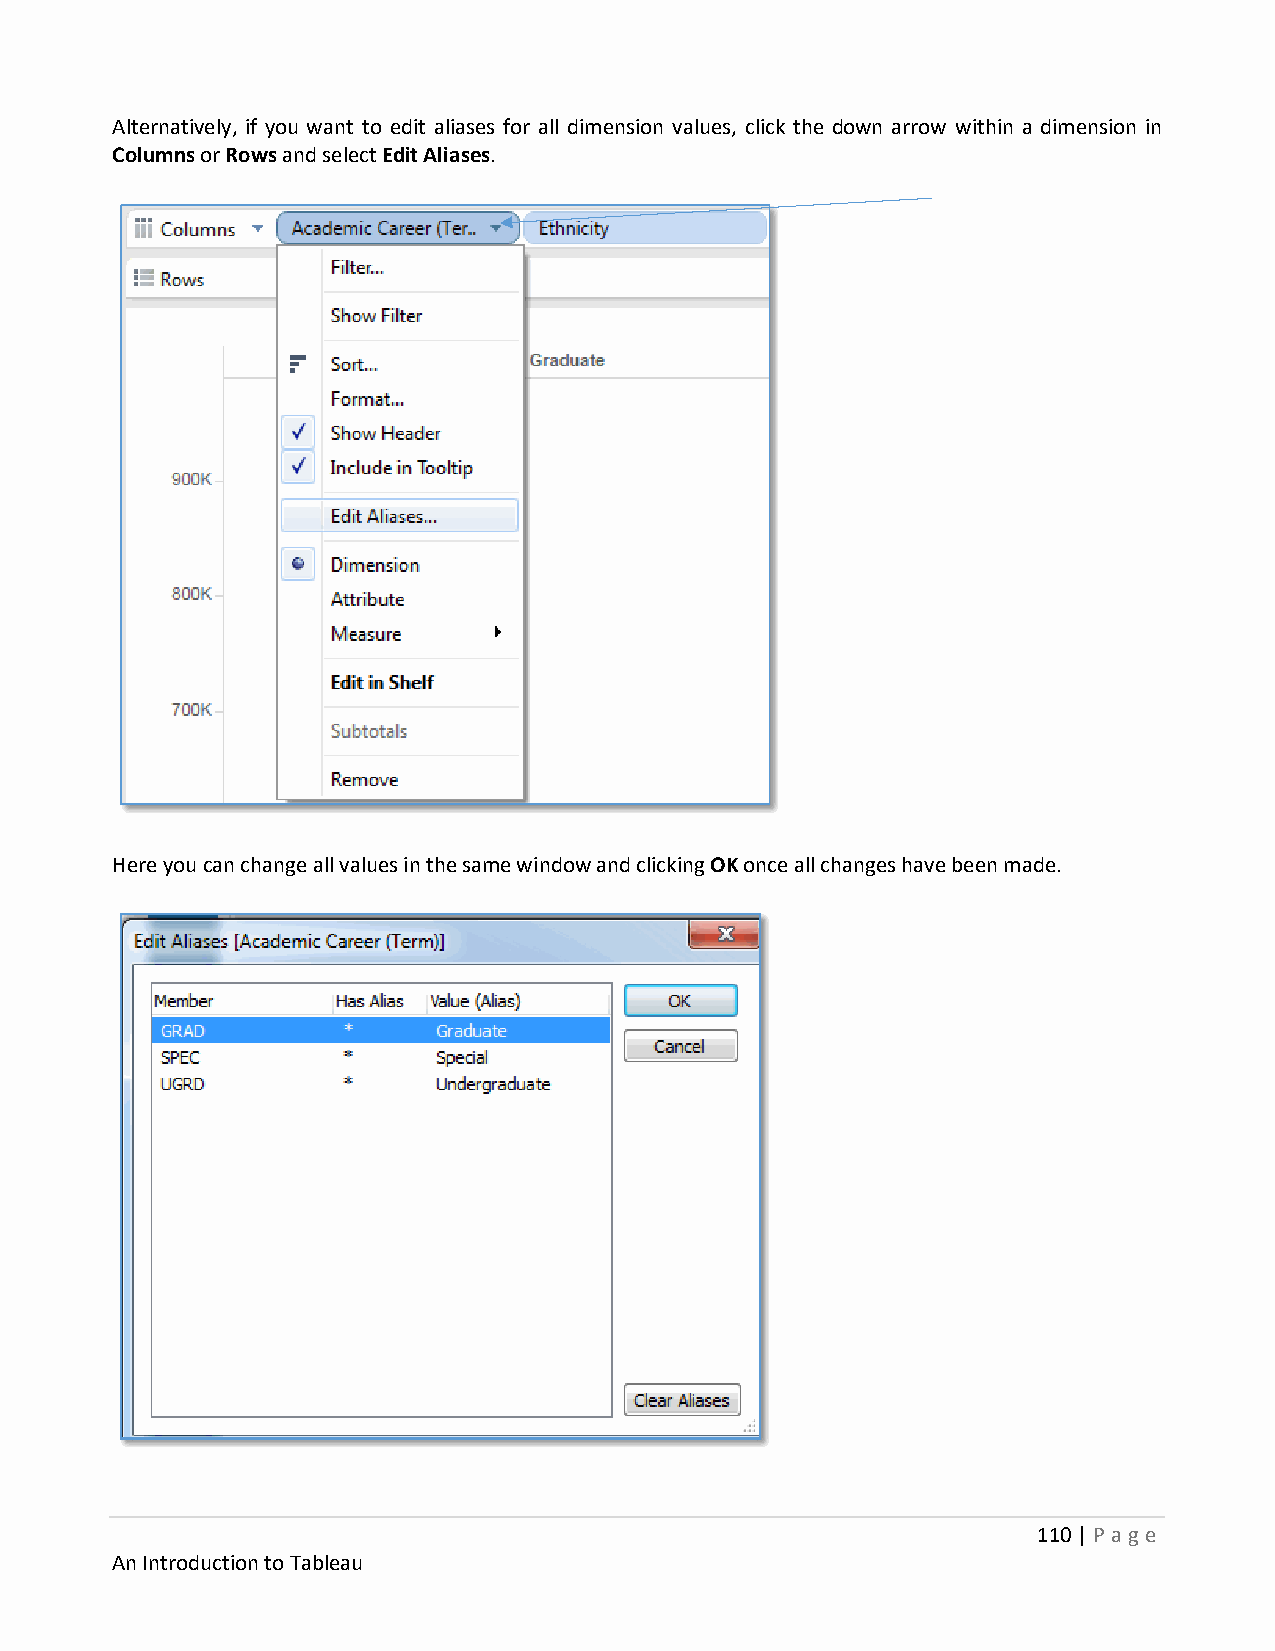
Alternatively, if you want to edit aliases for all dimension values, click the down arrow within a dimension in
 Columns or Rows and select Edit Aliases.
 Here you can change all values in the same window and clicking OK once all changes have been made.
 110 | P age
 An Introduction to Tableau